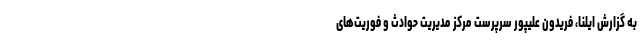
به گزارش ایلنا، فریدون علیپور سرپرست مرکز مدیریت حوادث و فوریت‌های